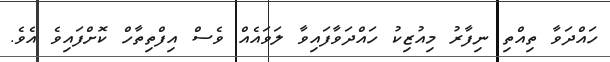
ހައްދަވާ ތިއްތި ނިފާރު މިއުޒިކު ހައްދަވާފައިވާ ލަވައެއް ވެސް އިފްތިތާހް ކޮށްފައިވެ އެވެ.